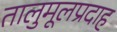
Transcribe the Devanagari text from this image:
तालुमूलप्रदाह